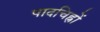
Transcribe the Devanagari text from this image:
पादचिह्नों